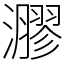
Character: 㶀